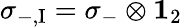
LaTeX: \sigma_{-,\mathrm{I}}=\sigma_{-}\otimes{\mathbf 1}_{2}